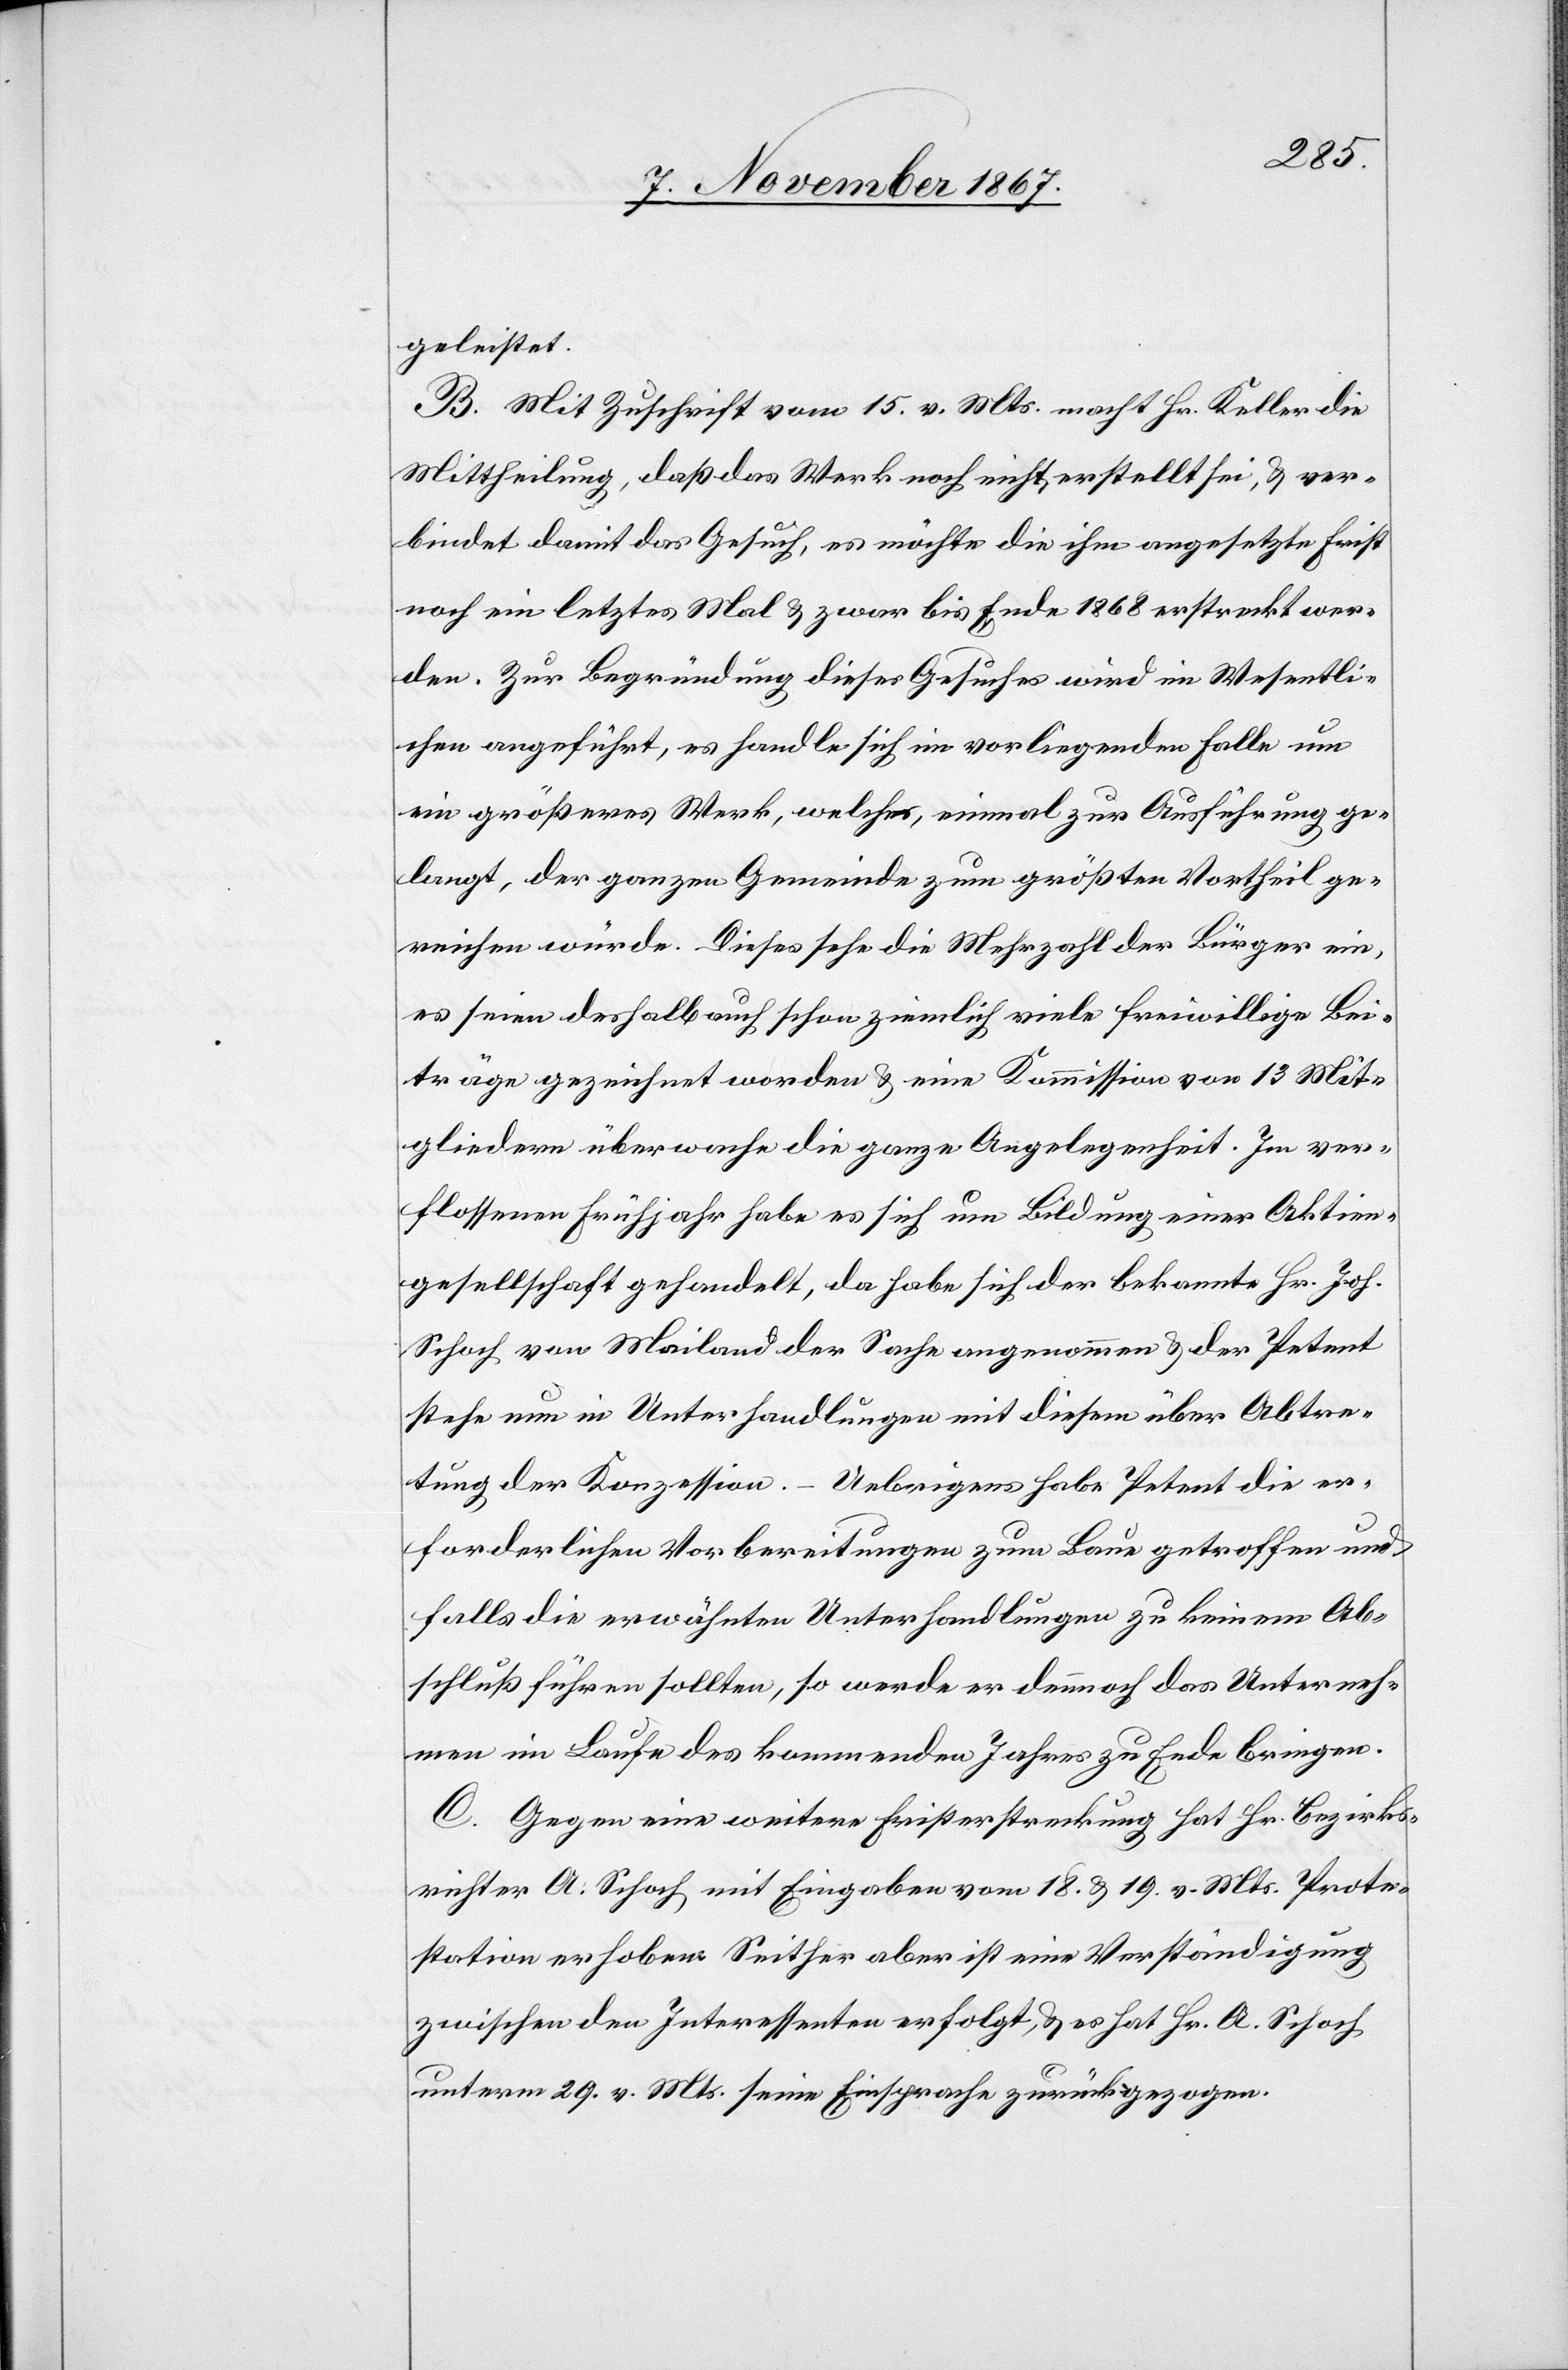
geleistet.
B. Mit Zuschrift vom 15. v. Mts. macht Hr. Keller die
Mittheilung, daß das Werk noch nicht erstellt sei, u ver¬
bindet damit das Gesuch, es möchte die ihm angesetzte Frist
noch ein letztes Mal u. zwar bis Ende 1868 erstreckt wer¬
den. Zur Begründung dieses Gesuches wird im Wesentli¬
chen angeführt, es handle sich im vorliegenden Falle um
ein größeres Werk, welches einmal zur Ausführung ge¬
langt, der ganzen Gemeinde zum größten Vortheil ge¬
reichen würde. Dieses sehe die Mehrzahl der Bürger ein,
es seien deshalb auch schon ziemlich viele freiwillige Bei¬
träge gezeichnet worden u. eine Kommission von 13 Mit¬
gliedern überwache die ganze Angelegenheit. Im ver¬
flossenen Jahr habe es sich um Bildung einer Aktien¬
gesellschaft gehandelt, da habe sich der bekannte Hr. Joh.
Schoch von Mailand der Sache angenommen u. der Petent
stehe nun in Unterhandlungen mit diesem über Abtre¬
tung der Konzession. – Uebrigens habe Petent die er¬
forderlichen Vorbereitungen zum Baue getroffen und
falls die erwähnten Unterhandlungen zu keinem Ab¬
schluß führen sollten, so werde er dennoch das Unterneh¬
men im Laufe des kommenden Jahres zu Ende bringen.
C. Gegen eine weitere Fristerstreckung hat Hr. Bezirks¬
richter A. Schoch mit Eingabe vom 18. u. 19. v. Mts. Prote¬
station erhoben. Seither aber ist eine Verständigung
zwischen den Interessenten erfolgt, u. es hat Hr. A. Schoch
unterm 29. v. Mts. seine Einsprache zurückgezogen.